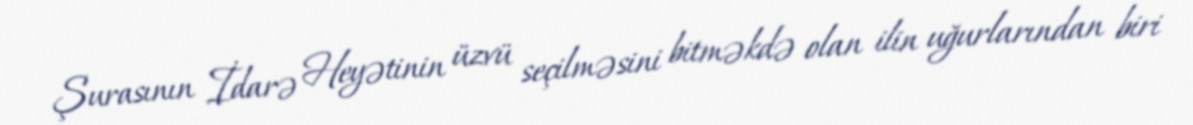
Şurasının İdarə Heyətinin üzvü seçilməsini bitməkdə olan ilin uğurlarından biri